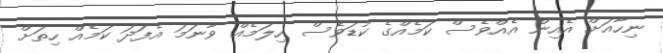
ނިހާއަށް އެއިން އެއްވެސް ކަމެއްގެ ކުޑަވެސް ހިލަމެއް ވާނަމަ އެފަދަ ކަމެއް ހިތަށް